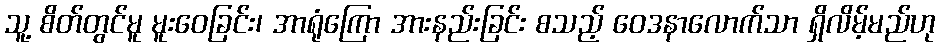
သူ့ စိတ်တွင်မူ မူးဝေခြင်း၊ အာရုံကြော အားနည်းခြင်း စသည့် ဝေဒနာလောက်သာ ရှိလိမ့်မည်ဟု